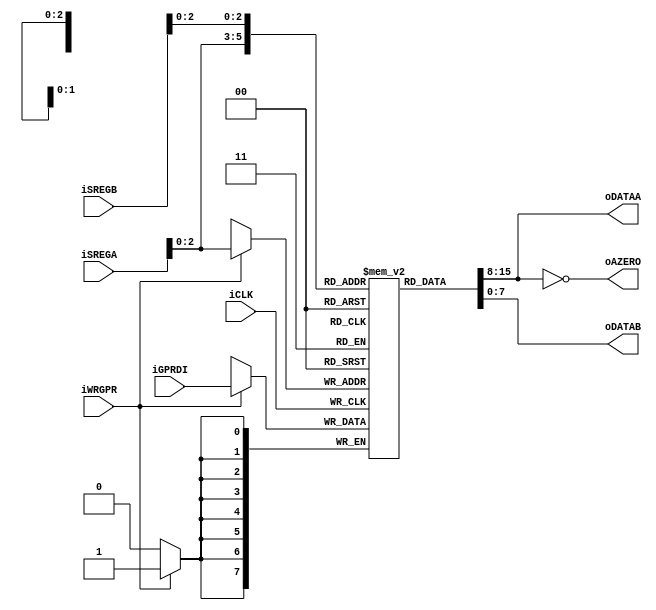
module gprs(
        input           iCLK,
        input           iWRGPR,
        input  [7:0]    iGPRDI,
        input  [3:0]    iSREGA,
        input  [3:0]    iSREGB,
        output          oAZERO,
        output [7:0]    oDATAA,
        output [7:0]    oDATAB
    );
    reg [7:0]       rGPRS[7:0];
    integer k;
    initial
    begin
        for (k = 0; k < 8 ; k = k + 1) begin : init_rGPRS
            rGPRS[k] = 8'h00;
        end
    end
    assign oDATAA = rGPRS[iSREGA];
    assign oDATAB = rGPRS[iSREGB];
    assign oAZERO = oDATAA == 8'h00;
    always@(posedge iCLK) begin
        if(iWRGPR) begin
            rGPRS[iSREGA] <= iGPRDI;
        end
    end
endmodule